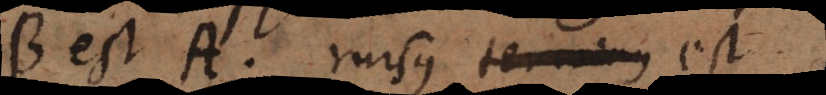
B est A rursus terminus est